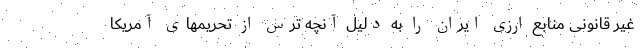
غیر قانونی منابع ارزی ایران را به دلیل آنچه ترس از تحریمهای آمریکا